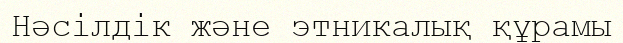
Нәсілдік және этникалық құрамы